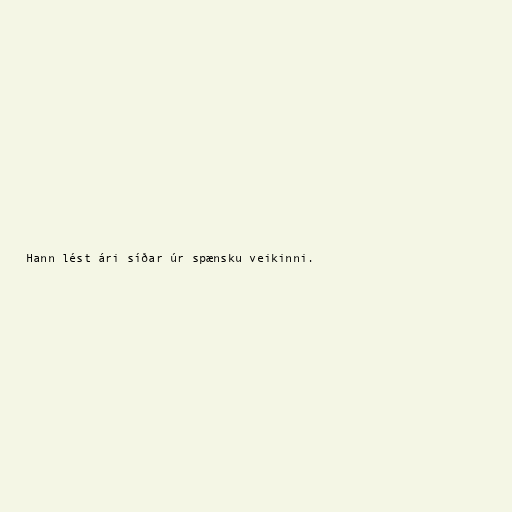
Hann lést ári síðar úr spænsku veikinni.